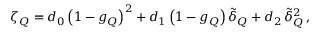
\zeta _ { Q } = d _ { 0 } \left( 1 - g _ { Q } \right) ^ { 2 } + d _ { 1 } \left( 1 - g _ { Q } \right) \tilde { \delta } _ { Q } + d _ { 2 } \, \tilde { \delta } _ { Q } ^ { 2 } \, ,